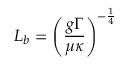
L _ { b } = \left( \frac { g \Gamma } { \mu \kappa } \right) ^ { - \frac { 1 } { 4 } }